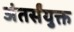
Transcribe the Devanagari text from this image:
अंतर्संयुक्त